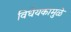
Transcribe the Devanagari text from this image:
विधेयकामुळे